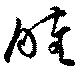
睦